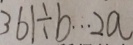
3 6 1 \div b \cdots 2 a